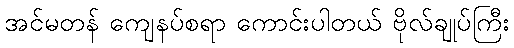
အင်မတန် ကျေနပ်စရာ ကောင်းပါတယ် ဗိုလ်ချုပ်ကြီး